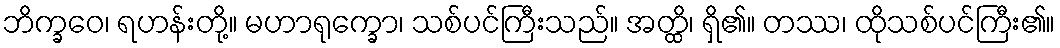
ဘိက္ခဝေ၊ ရဟန်းတို့။ မဟာရုက္ခော၊ သစ်ပင်ကြီးသည်။ အတ္ထိ၊ ရှိ၏။ တဿ၊ ထိုသစ်ပင်ကြီး၏။